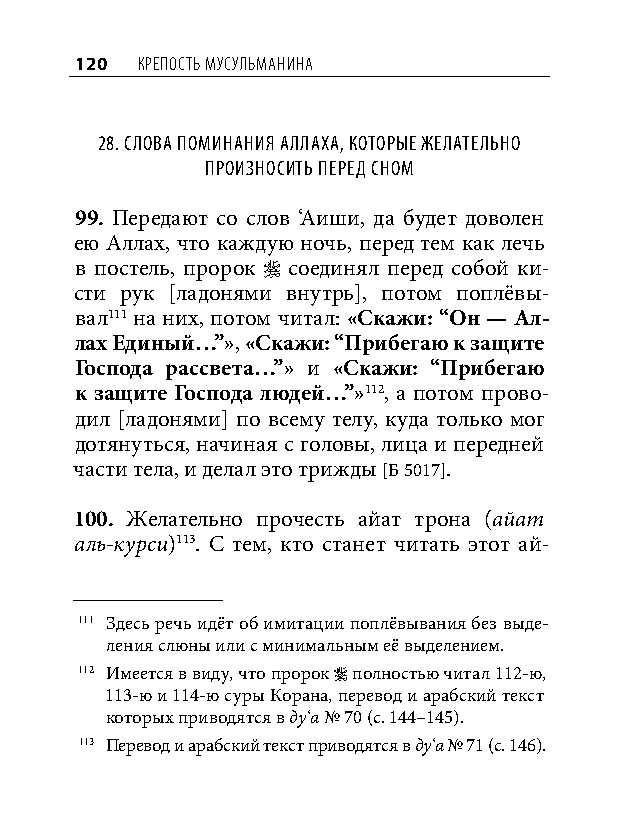
120 КреПость мусульманина
 28. Слова поминания аллаха, которые желательно
 произноСить перед Сном
 99. Передают со слов ‘Аиши, да будет доволен
 ею Аллах, что каждую ночь, перед тем как лечь
 в постель, пророк  соединял перед собой ки-
 сти рук [ладонями внутрь], потом поплёвы-
 вал111 на них, потом читал: «Скажи: “Он — Ал-
 лах Единый…”», «Скажи: “Прибегаю к защите
 Господа рассвета…”» и «Скажи: “Прибегаю
 к защите Господа людей…”»112, а потом прово-
 дил [ладонями] по всему телу, куда только мог
 дотянуться, начиная с головы, лица и передней
 части тела, и делал это трижды [Б 5017].
 100. Желательно прочесть айат трона (айат
 аль-курси)113. С тем, кто станет читать этот ай-
 111 Здесь речь идёт об имитации поплёвывания без выде-
 ления слюны или с минимальным её выделением.
 112 Имеется в виду, что пророк  полностью читал 112-ю,
 113-ю и 114-ю суры Корана, перевод и арабский текст
 которых приводятся в ду‘а № 70 (с. 144–145).
 113 Перевод и арабский текст приводятся в ду‘а № 71 (с. 146).